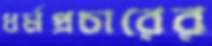
ধর্মপ্রচারের